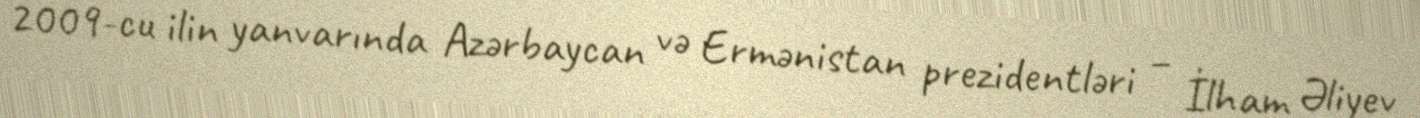
2009-cu ilin yanvarında Azərbaycan və Ermənistan prezidentləri – İlham Əliyev